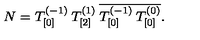
N = T _ { [ 0 ] } ^ { ( - 1 ) } \: T _ { [ 2 ] } ^ { ( 1 ) } \: \overline { { T _ { [ 0 ] } ^ { ( - 1 ) } \: T _ { [ 0 ] } ^ { ( 0 ) } } } .